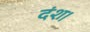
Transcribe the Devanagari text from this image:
दंश।